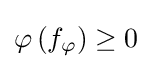
\varphi \left(f_{\varphi }\right)\geq 0